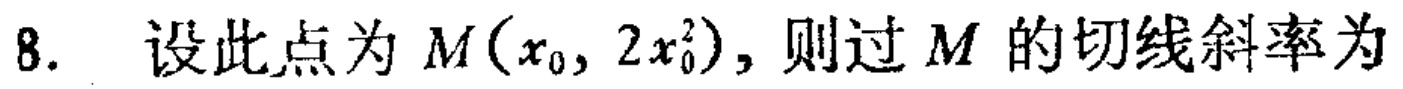
8. 设此点为 \(M(x_{0},2x_{0}^{2})\), 则过 \(M\) 的切线斜率为